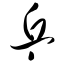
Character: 乒